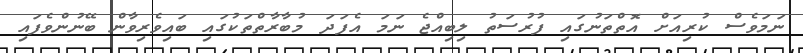
ނަމަވެސް ކުރިއަށް އޮތްތަނުގައި ފުރުސަތު ލިބިއްޖެ ނަމަ އެފަދަ މުބާރާތްތަކުގައި ބައިވެރިވާން ބޭނުންވެފައި